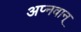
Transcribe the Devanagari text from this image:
अप्नवान्